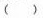
（ ）